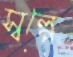
স্বল্পে